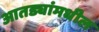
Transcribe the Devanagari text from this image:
आतड्यांमधील